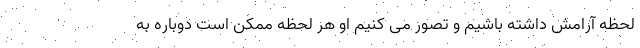
لحظه آرامش داشته باشیم و تصور می کنیم او هر لحظه ممکن است دوباره به